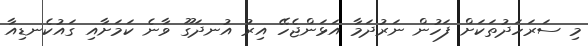
މި ސަރަހަދުތަކަށް ފަހުން ނަރުދަމާ އަޅަންޖެހޭ އިރު އުނދަގޫ ވާނެ ކަމަށާއި ގައުކެނޑިއާ